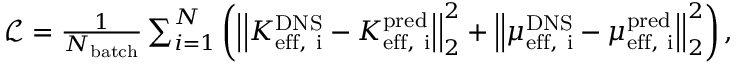
\begin{array} { r } { \mathcal { L } = \frac { 1 } { N _ { \mathrm { b a t c h } } } \sum _ { i = 1 } ^ { N } \left( \left| \left| K _ { \mathrm { e f f , ~ i } } ^ { \mathrm { D N S } } - K _ { \mathrm { e f f , ~ i } } ^ { \mathrm { p r e d } } \right| \right| _ { 2 } ^ { 2 } + \left| \left| \mu _ { \mathrm { e f f , ~ i } } ^ { \mathrm { D N S } } - \mu _ { \mathrm { e f f , ~ i } } ^ { \mathrm { p r e d } } \right| \right| _ { 2 } ^ { 2 } \right) , } \end{array}